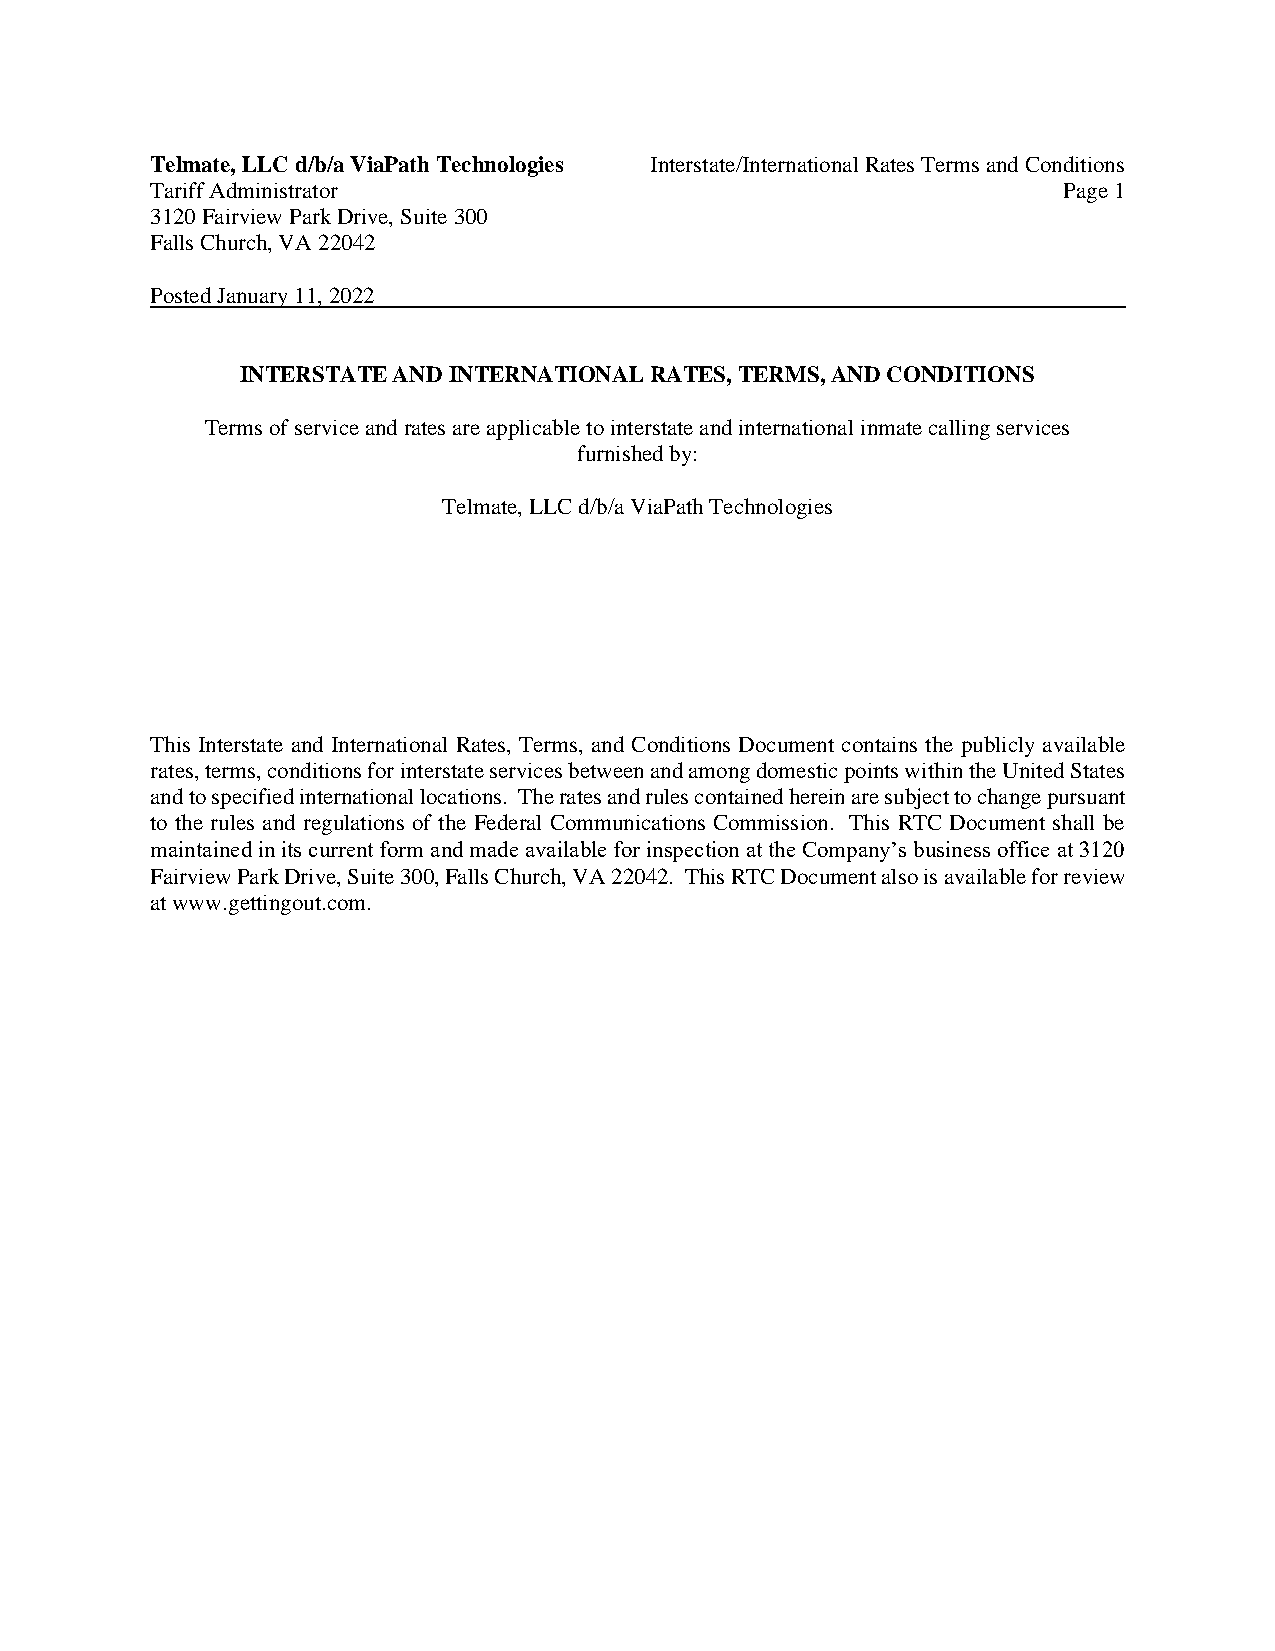
Telmate, LLC d/b/a ViaPath Technologies Interstate/International Rates Terms and Conditions
 Tariff Administrator                                        Page 1
 3120 Fairview Park Drive, Suite 300
 Falls Church, VA 22042
 Posted January 11, 2022
 INTERSTATE AND INTERNATIONAL RATES, TERMS, AND CONDITIONS
 Terms of service and rates are applicable to interstate and international inmate calling services
 furnished by:
 Telmate, LLC d/b/a ViaPath Technologies
 This Interstate and International Rates, Terms, and Conditions Document contains the publicly available
 rates, terms, conditions for interstate services between and among domestic points within the United States
 and to specified international locations. The rates and rules contained herein are subject to change pursuant
 to the rules and regulations of the Federal Communications Commission. This RTC Document shall be
 maintained in its current form and made available for inspection at the Company’s business office at 3120
 Fairview Park Drive, Suite 300, Falls Church, VA 22042. This RTC Document also is available for review
 at www.gettingout.com.